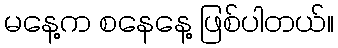
မနေ့က စနေနေ့ ဖြစ်ပါတယ်။